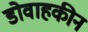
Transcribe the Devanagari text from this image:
डोवाहकीन